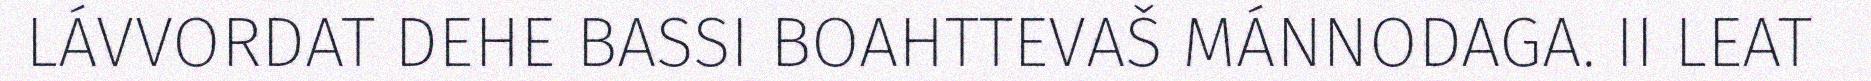
LÁVVORDAT DEHE BASSI BOAHTTEVAŠ MÁNNODAGA. II LEAT